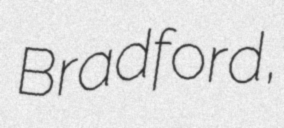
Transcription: Bradford,